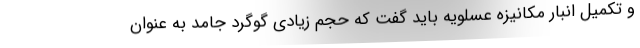
و تکمیل انبار مکانیزه عسلویه باید گفت که حجم زیادی گوگرد جامد به عنوان